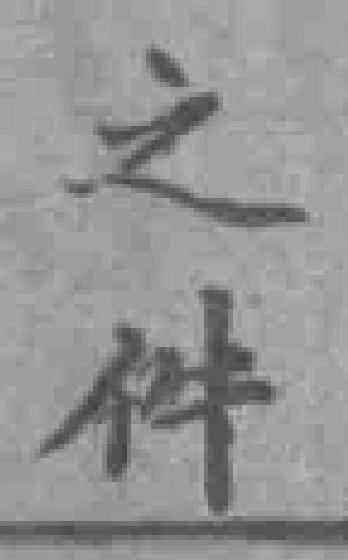
之件